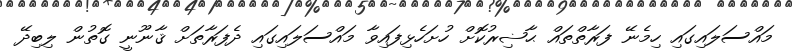
މައްސަލައިގައި ހިމެނޭ ފަރާތްތައް ޙާޟިރުކޮށް ހުށަހެޅިފައިވާ މައްސަލައިގައި ދެފަރާތަށް ޤާނޫނީ ގޮތުން ލިބިދޭ